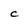
Character: c